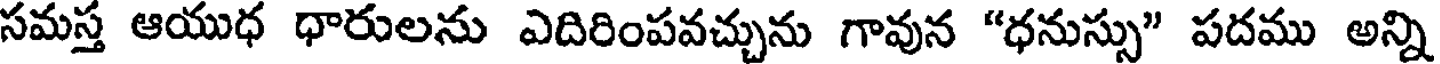
సమస్త ఆయుధ ధారులను ఎదిరింపవచ్చును గావున "ధనుస్సు" పదము అన్ని